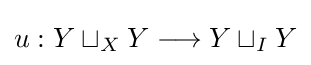
u:Y\sqcup _{X}Y\longrightarrow Y\sqcup _{I}Y